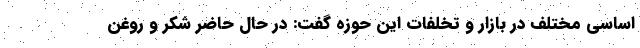
اساسی مختلف در بازار و تخلفات این حوزه گفت: در حال حاضر شکر و روغن